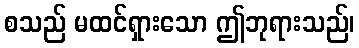
စသည် မထင်ရှားသော ဤဘုရားသည်၊